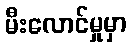
မီးလောင်မှုမှာ